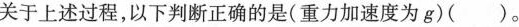
关于上述过程，以下判断正确的是(重力加速度为g)( )。